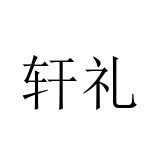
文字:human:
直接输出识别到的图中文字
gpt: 轩礼